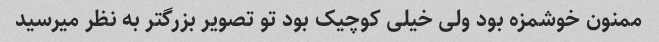
ممنون خوشمزه بود ولی خیلی کوچیک بود تو تصویر بزرگتر به نظر میرسید